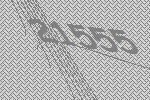
21555